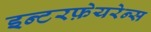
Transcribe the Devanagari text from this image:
इन्टरफ़ेयरेन्स